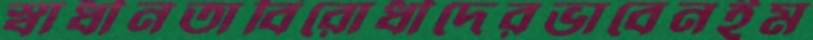
স্বাধীনতাবিরোধীদেরভাবেনইম